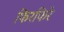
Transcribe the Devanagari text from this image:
फिरफिरे